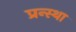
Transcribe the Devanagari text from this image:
प्रन्स्था